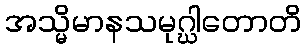
အသ္မိမာနသမုဂ္ဃါတောတိ